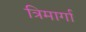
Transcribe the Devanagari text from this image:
त्रिमार्गा